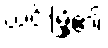
ယင်းမြို့၏